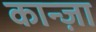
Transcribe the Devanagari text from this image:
कान्ज़ा